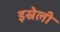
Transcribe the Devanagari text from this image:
इस्रेली